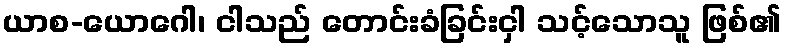
ယာစ-ယောဂေါ၊ ငါသည် တောင်းခံခြင်းငှါ သင့်သောသူ ဖြစ်၏